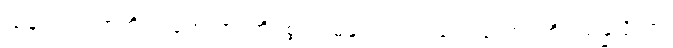
သန်လျက်ကာကို။ ဂဟေတွာ၊ ကိုင်စွဲ၍။ ဓနုကလာပံ၊ လေးတောင့်ကို။ သန္နယှိတွာ၊